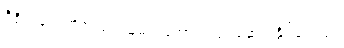
ဒီဇိုင်းတွေကိုလည်း သူမတူအောင် လုပ်ဆောင်နိုင်ခဲ့တယ်။